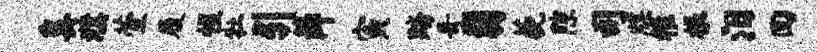
奚濮萱履惺牡引薛寅踏哥翡藐隙司牒稚根汨回